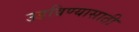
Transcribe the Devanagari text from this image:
उडविण्यासाठी